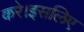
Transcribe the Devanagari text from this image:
करे।इसलिए